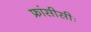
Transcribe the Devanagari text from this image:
फ्रांसीसीः